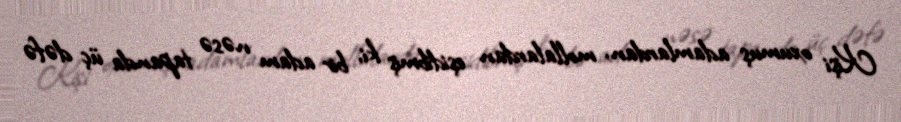
Kişi oxumuş adamlardan, mollalardan eşidibmiş ki, bir adam nəsə tapanda üç dəfə